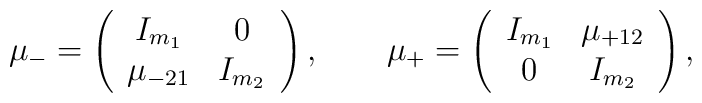
\mu_- = \left( \begin{array}{cc}I_{m_1} & 0 \\\mu_{-21} & I_{m_2}\end{array} \right), \qquad\mu_+ = \left( \begin{array}{cc}I_{m_1} & \mu_{+12} \\0 & I_{m_2}\end{array} \right),